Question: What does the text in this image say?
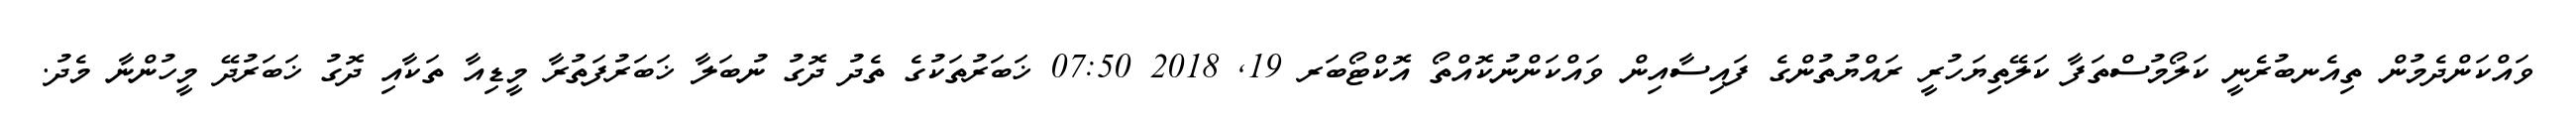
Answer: ވައްކަންދެމުން ތިއެނބުރެނީ ކަލޯމުސްތަފާ ކަލޭތިޔަހުރީ ރައްޔުތުންގެ ފައިސާއިން ވައްކަންނުކޮއްތޯ އޮކްޓޯބަރ 19, 2018 07:50 ޚަބަރުތަކުގެ ތެދު ދޮގު ނުބަލާ ޚަބަރުފަތުރާ މީޑިއާ ތަކާއި ދޮގު ޚަބަރުދޭ މީހުންނާ މެދު.